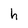
Character: h